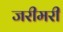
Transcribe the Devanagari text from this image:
जरीमरी